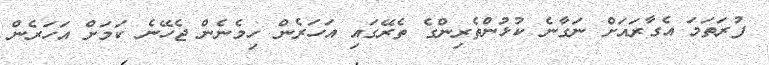
ފުރަތަމަ އެގާރައަށް ނަގާނެ ކުޅުންތެރިންގެ ތެރޭގައި އަހަރެން ހިމެނެން ޖެހޭނެ ކަމަށް އަހަރެން